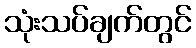
သုံးသပ်ချက်တွင်